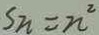
S n = n ^ { 2 }